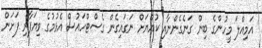
އަމިއްލަ މީހުންގެ ބިން ގަނެގެންނާއި ކުއްޔަށް ނަގައިގެން ގެސްޓްހައުސް އެޅުމުގެ ވިޔަފާރި ފަށަން